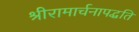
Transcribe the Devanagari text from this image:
श्रीरामार्चनापद्धति